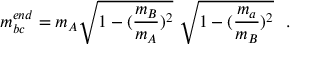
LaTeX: m _ { b c } ^ { e n d } = m _ { A } \sqrt { 1 - ( \frac { m _ { B } } { m _ { A } } ) ^ { 2 } } \ \sqrt { 1 - ( \frac { m _ { a } } { m _ { B } } ) ^ { 2 } } \mathrm { \ \ . }